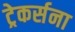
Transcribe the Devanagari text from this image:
ट्रेकर्सना